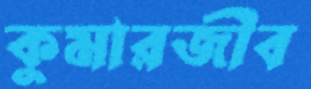
কুমারজীব